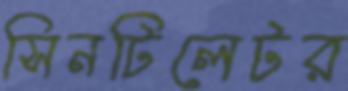
সিনটিলেটর